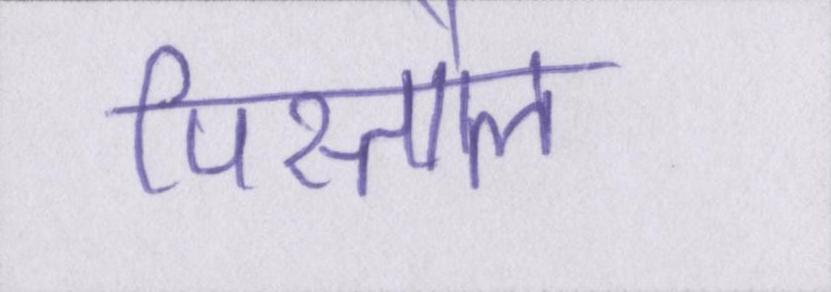
पिस्तौल